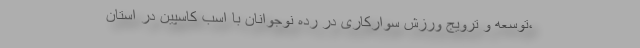
،توسعه و ترویج ورزش سوارکاری در رده نوجوانان با اسب کاسپین در استان